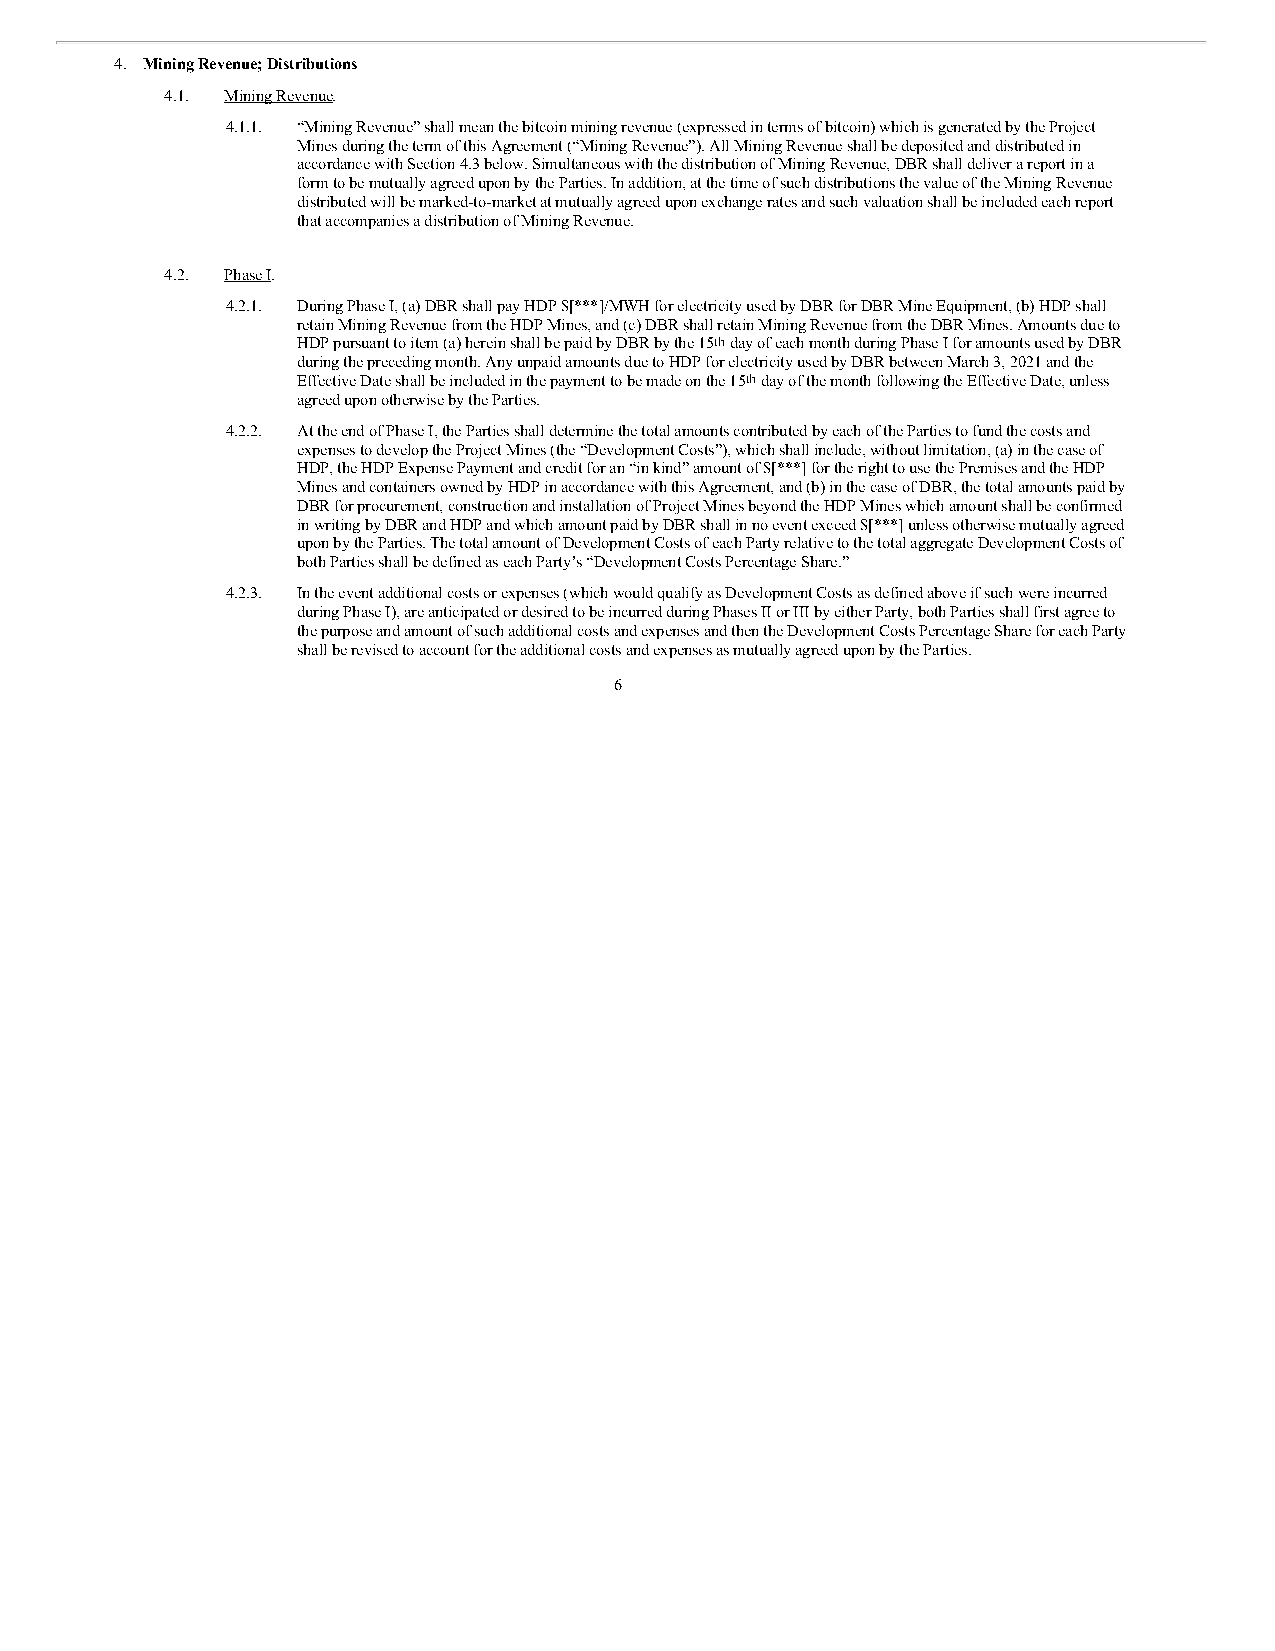
4. Mining Revenue; Distributions
 4.1. Mining Revenue.
 4.1.1. “Mining Revenue” shall mean the bitcoin mining revenue (expressed in terms of bitcoin) which is generated by the Project
 Mines during the term of this Agreement (“Mining Revenue”). All Mining Revenue shall be deposited and distributed in
 accordance with Section 4.3 below. Simultaneous with the distribution of Mining Revenue, DBR shall deliver a report in a
 form to be mutually agreed upon by the Parties. In addition, at the time of such distributions the value of the Mining Revenue
 distributed will be marked-to-market at mutually agreed upon exchange rates and such valuation shall be included each report
 that accompanies a distribution of Mining Revenue.
 4.2. Phase I.
 4.2.1. During Phase I, (a) DBR shall pay HDP $[***]/MWH for electricity used by DBR for DBR Mine Equipment, (b) HDP shall
 retain Mining Revenue from the HDP Mines, and (c) DBR shall retain Mining Revenue from the DBR Mines. Amounts due to
 HDP pursuant to item (a) herein shall be paid by DBR by the 15th day of each month during Phase I for amounts used by DBR
 during the preceding month. Any unpaid amounts due to HDP for electricity used by DBR between March 3, 2021 and the
 Effective Date shall be included in the payment to be made on the 15th day of the month following the Effective Date, unless
 agreed upon otherwise by the Parties.
 4.2.2. At the end of Phase I, the Parties shall determine the total amounts contributed by each of the Parties to fund the costs and
 expenses to develop the Project Mines (the “Development Costs”), which shall include, without limitation, (a) in the case of
 HDP, the HDP Expense Payment and credit for an “in kind” amount of $[***] for the right to use the Premises and the HDP
 Mines and containers owned by HDP in accordance with this Agreement, and (b) in the case of DBR, the total amounts paid by
 DBR for procurement, construction and installation of Project Mines beyond the HDP Mines which amount shall be confirmed
 in writing by DBR and HDP and which amount paid by DBR shall in no event exceed $[***] unless otherwise mutually agreed
 upon by the Parties. The total amount of Development Costs of each Party relative to the total aggregate Development Costs of
 both Parties shall be defined as each Party’s “Development Costs Percentage Share.”
 4.2.3. In the event additional costs or expenses (which would qualify as Development Costs as defined above if such were incurred
 during Phase I), are anticipated or desired to be incurred during Phases II or III by either Party, both Parties shall first agree to
 the purpose and amount of such additional costs and expenses and then the Development Costs Percentage Share for each Party
 shall be revised to account for the additional costs and expenses as mutually agreed upon by the Parties.
 6